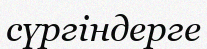
сүргіндерге